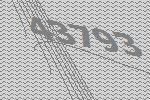
43793